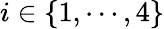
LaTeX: i\in\{ 1,\cdots,4\}